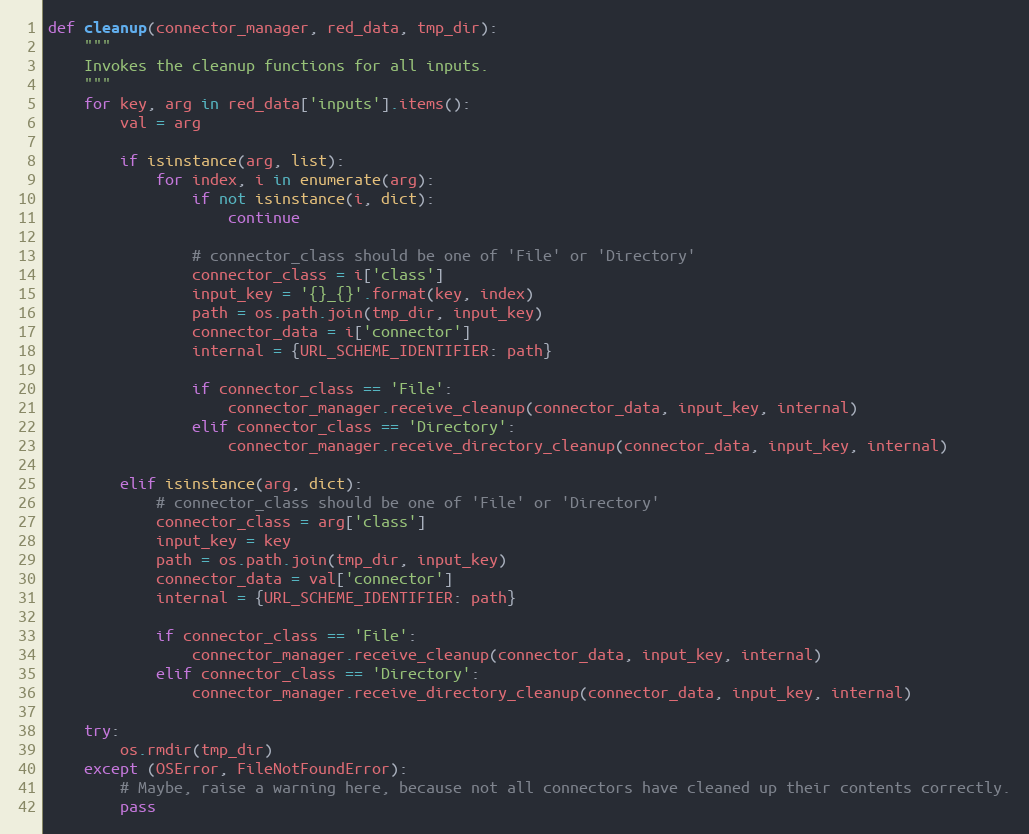
Language: Python
def cleanup(connector_manager, red_data, tmp_dir):
    """
    Invokes the cleanup functions for all inputs.
    """
    for key, arg in red_data['inputs'].items():
        val = arg

        if isinstance(arg, list):
            for index, i in enumerate(arg):
                if not isinstance(i, dict):
                    continue

                # connector_class should be one of 'File' or 'Directory'
                connector_class = i['class']
                input_key = '{}_{}'.format(key, index)
                path = os.path.join(tmp_dir, input_key)
                connector_data = i['connector']
                internal = {URL_SCHEME_IDENTIFIER: path}

                if connector_class == 'File':
                    connector_manager.receive_cleanup(connector_data, input_key, internal)
                elif connector_class == 'Directory':
                    connector_manager.receive_directory_cleanup(connector_data, input_key, internal)

        elif isinstance(arg, dict):
            # connector_class should be one of 'File' or 'Directory'
            connector_class = arg['class']
            input_key = key
            path = os.path.join(tmp_dir, input_key)
            connector_data = val['connector']
            internal = {URL_SCHEME_IDENTIFIER: path}

            if connector_class == 'File':
                connector_manager.receive_cleanup(connector_data, input_key, internal)
            elif connector_class == 'Directory':
                connector_manager.receive_directory_cleanup(connector_data, input_key, internal)

    try:
        os.rmdir(tmp_dir)
    except (OSError, FileNotFoundError):
        # Maybe, raise a warning here, because not all connectors have cleaned up their contents correctly.
        pass